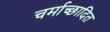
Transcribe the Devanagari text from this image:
चर्माच्छादित